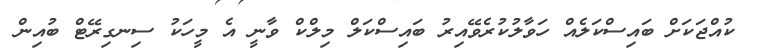
ކުއްޖަކަށް ބައިސްކަލެއް ހަވާލުކުރެވޭއިރު ބައިސްކަލް މިލްކް ވާނީ އެ މީހަކު ސިނގިރޭޓް ބުއިން